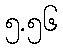
၅.၅၆